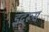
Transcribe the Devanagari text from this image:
इदरूस